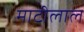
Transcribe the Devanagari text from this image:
माटीलाल